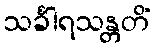
သင်္ခါရသန္တတိံ